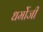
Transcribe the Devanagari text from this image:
धर्मोजी